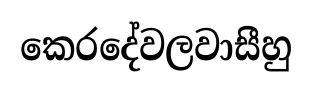
කෙරදේවලවාසීහු